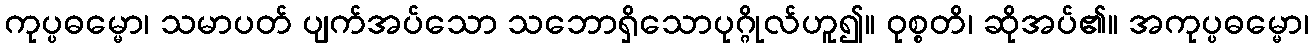
ကုပ္ပဓမ္မော၊ သမာပတ် ပျက်အပ်သော သဘောရှိသောပုဂ္ဂိုလ်ဟူ၍။ ဝုစ္စတိ၊ ဆိုအပ်၏။ အကုပ္ပဓမ္မော၊